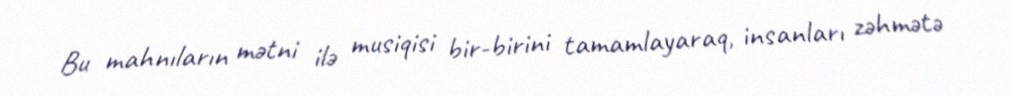
Bu mahnıların mətni ilə musiqisi bir-birini tamamlayaraq, insanları zəhmətə